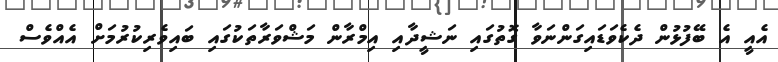
އެއީ އެ ބޭފުޅުން ދެކެވަޑައިގަންނަވާ ގޮތުގައި ނަޝީދާއި އިމްރާން މަޝްވަރާތަކުގައި ބައިވެރިކުރުމަށް އެއްވެސް